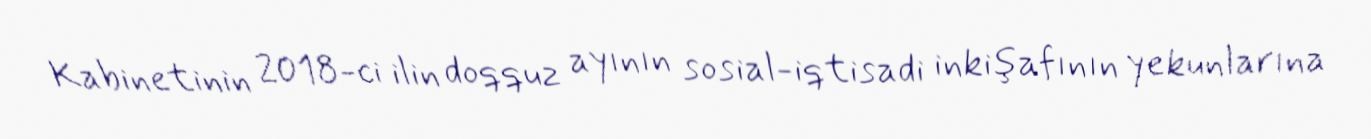
Kabinetinin 2018-ci ilin doqquz ayının sosial-iqtisadi inkişafının yekunlarına